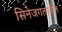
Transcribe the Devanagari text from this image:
सिनेजगतातील